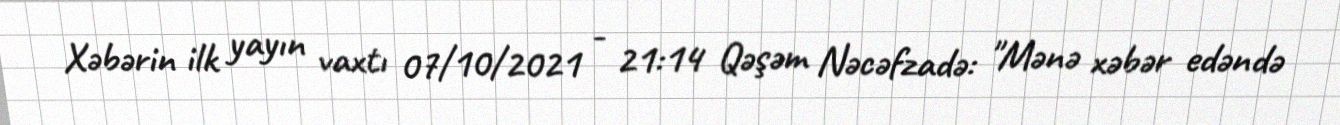
Xəbərin ilk yayın vaxtı 07/10/2021 - 21:14 Qəşəm Nəcəfzadə: "Mənə xəbər edəndə